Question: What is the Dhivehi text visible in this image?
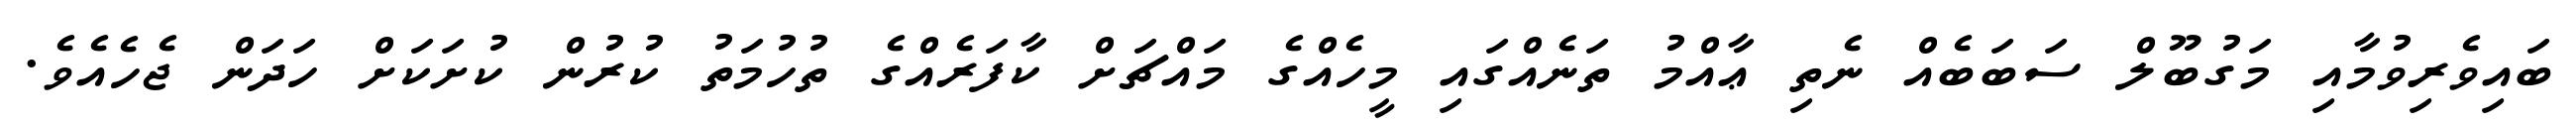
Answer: ބައިވެރިވުމާއި މަގުބޫލް ސަބަބެއް ނެތި ޢާއްމު ތަނެއްގައި މީހެއްގެ މައްޗަށް ކާފަރެއްގެ ތުހުމަތު ކުރުން ކުށަކަށް ހަދަން ޖެހެއެވެ.